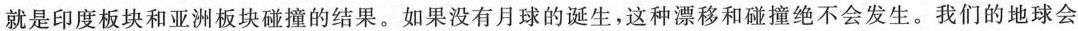
就是印度板块和亚洲板块碰撞的结果，如果没有月球的诞生，这种漂移和碰撞绝不会发生。我们的地球会